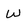
Character: w